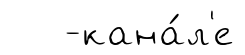
-кана́л'е